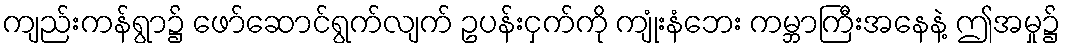
ကျည်းကန်ရွာ၌ ဖော်ဆောင်ရွက်လျက် ဥပန်းငှက်ကို ကျုံးနံဘေး ကမ္ဘာကြီးအနေနဲ့ ဤအမှု၌